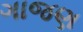
ગાજણ